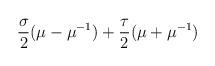
LaTeX: \begin{align*}\frac{\sigma}{2} (\mu - \mu^{-1}) + \frac{\tau}{2}(\mu + \mu^{-1})\end{align*}